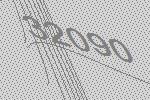
32090